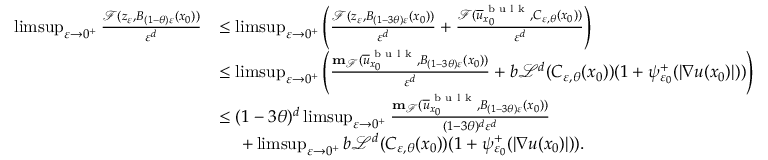
\begin{array} { r l } { \operatorname* { l i m s u p } _ { \varepsilon \to 0 ^ { + } } \frac { \mathcal { F } ( z _ { \varepsilon } , B _ { ( 1 - \theta ) \varepsilon } ( x _ { 0 } ) ) } { \varepsilon ^ { d } } } & { \leq \operatorname* { l i m s u p } _ { \varepsilon \to 0 ^ { + } } \left( \frac { \mathcal { F } ( z _ { \varepsilon } , B _ { ( 1 - 3 \theta ) \varepsilon } ( x _ { 0 } ) ) } { \varepsilon ^ { d } } + \frac { \mathcal { F } ( \overline { { u } } _ { x _ { 0 } } ^ { \textnormal { b u l k } } , C _ { \varepsilon , \theta } ( x _ { 0 } ) ) } { \varepsilon ^ { d } } \right) } \\ & { \leq \operatorname* { l i m s u p } _ { \varepsilon \to 0 ^ { + } } \left( \frac { \mathbf { m } _ { \mathcal { F } } ( \overline { { u } } _ { x _ { 0 } } ^ { \textnormal { b u l k } } , B _ { ( 1 - 3 \theta ) \varepsilon } ( x _ { 0 } ) ) } { \varepsilon ^ { d } } + b \mathcal { L } ^ { d } ( C _ { \varepsilon , \theta } ( x _ { 0 } ) ) ( 1 + \psi _ { \varepsilon _ { 0 } } ^ { + } ( | \nabla u ( x _ { 0 } ) | ) ) \right) } \\ & { \leq ( 1 - 3 \theta ) ^ { d } \operatorname* { l i m s u p } _ { \varepsilon \to 0 ^ { + } } \frac { \mathbf { m } _ { \mathcal { F } } ( \overline { { u } } _ { x _ { 0 } } ^ { \textnormal { b u l k } } , B _ { ( 1 - 3 \theta ) \varepsilon } ( x _ { 0 } ) ) } { ( 1 - 3 \theta ) ^ { d } \varepsilon ^ { d } } } \\ & { \ \ \ \ + \operatorname* { l i m s u p } _ { \varepsilon \to 0 ^ { + } } b \mathcal { L } ^ { d } ( C _ { \varepsilon , \theta } ( x _ { 0 } ) ) ( 1 + \psi _ { \varepsilon _ { 0 } } ^ { + } ( | \nabla u ( x _ { 0 } ) | ) ) . } \end{array}